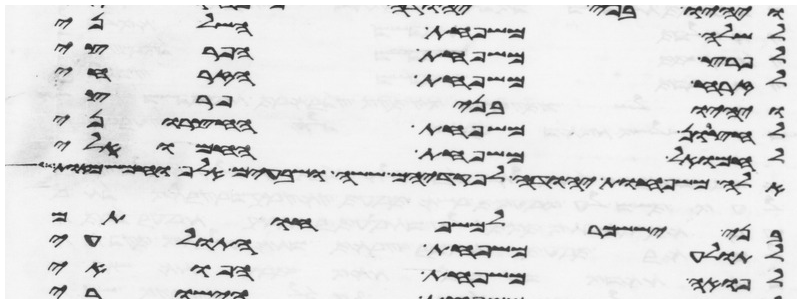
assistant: לשלה משפחת השלני
לפרץ משפחת הפריצי
לזרח משפחת הזרחי
ויהיו בני פרץ
לחצרון משפחת החצרוני
לחמואל משפחת החמואלי
אלה משפחות יהודה לפקדיהם ששה ושבעים אלף וחמש מאות
בני יששכר למשפחותם
לתולע משפחת התולעי
לפואה משפחת הפואי